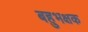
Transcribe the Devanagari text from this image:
बहुभक्षक